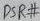
Text: DSR